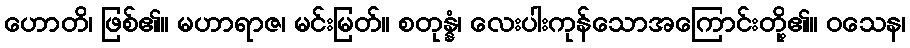
ဟောတိ၊ ဖြစ်၏။ မဟာရာဇ၊ မင်းမြတ်။ စတုန္နံ၊ လေးပါးကုန်သောအကြောင်းတို့၏။ ဝသေန၊